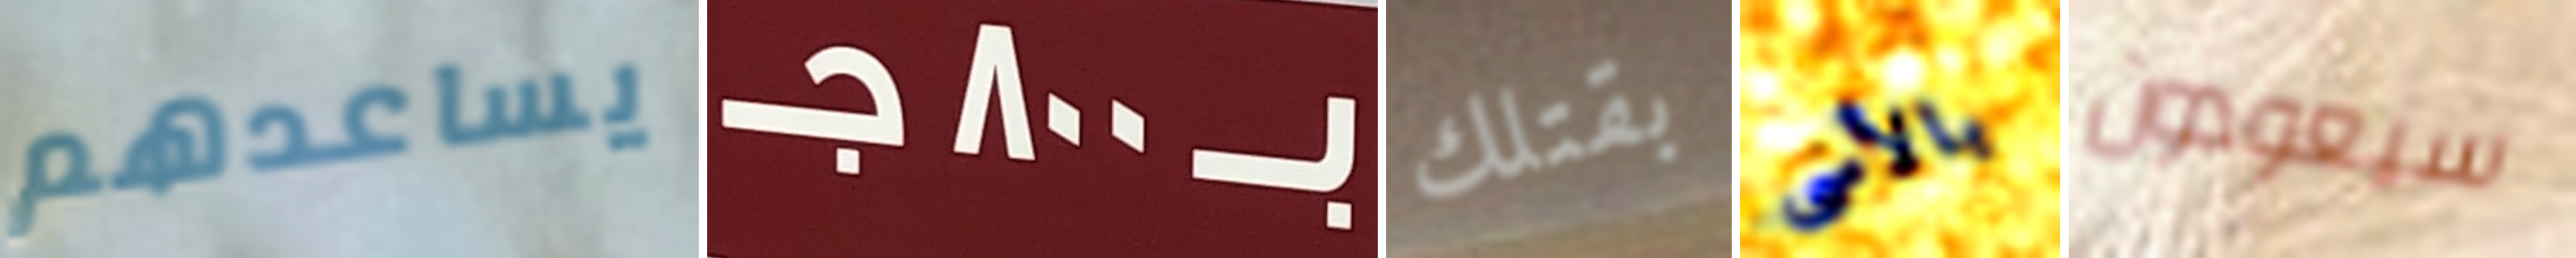
يساعدهم بـ800جـ بقتلك بالأسى سيعودون